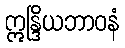
ဣန္ဒြိယဘာဝနံ